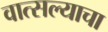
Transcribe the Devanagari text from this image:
वात्सल्याचा